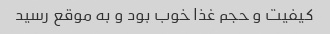
کیفیت و حجم غذا خوب بود و به موقع رسید